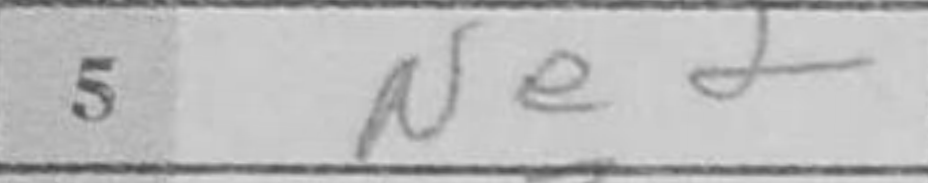
Transcription: Ne2